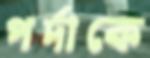
পর্দাকে